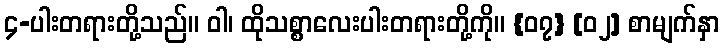
၄-ပါးတရားတို့သည်။ ဝါ၊ ထိုသစ္စာလေးပါးတရားတို့ကို။ {၀၇} [၀၂] စာမျက်နှာ